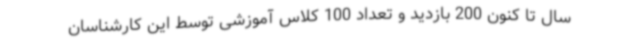
سال تا کنون 200 بازدید و تعداد 100 کلاس آموزشی توسط این کارشناسان